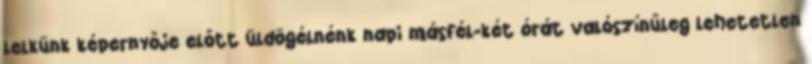
lelkünk képernyője előtt üldögélnénk napi másfél-két órát valószínűleg lehetetlen